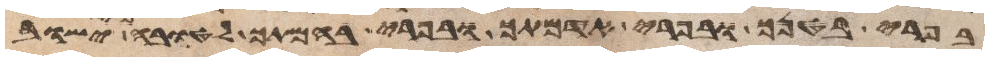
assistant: בפרי בטנך ובפרי אדמתך ובפרי בהמתך לטובה כי ישוב